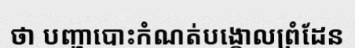
ថា បញ្ហាបោះកំណត់បង្គោលព្រំដែន